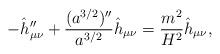
LaTeX: \begin{align*}-\hat h_{\mu\nu}''+{(a^{3/2})''\over a^{3/2}} \hat h_{\mu\nu}= {m^2\over H^2} \hat h_{\mu\nu},\end{align*}